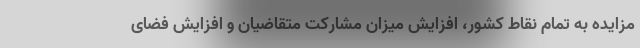
مزایده به تمام نقاط کشور، افزایش میزان مشارکت متقاضیان و افزایش فضای